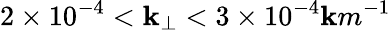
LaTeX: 2\times10^{-4}<\mathbf{k}_{\perp}<3\times10^{-4}\mathbf{k}m^{-1}